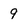
Character: 9